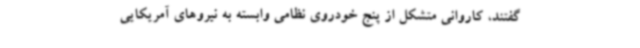
گفتند، کاروانی متشکل از پنج خودروی نظامی وابسته به نیروهای آمریکایی